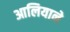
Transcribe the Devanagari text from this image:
आलियाने